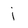
Character: j